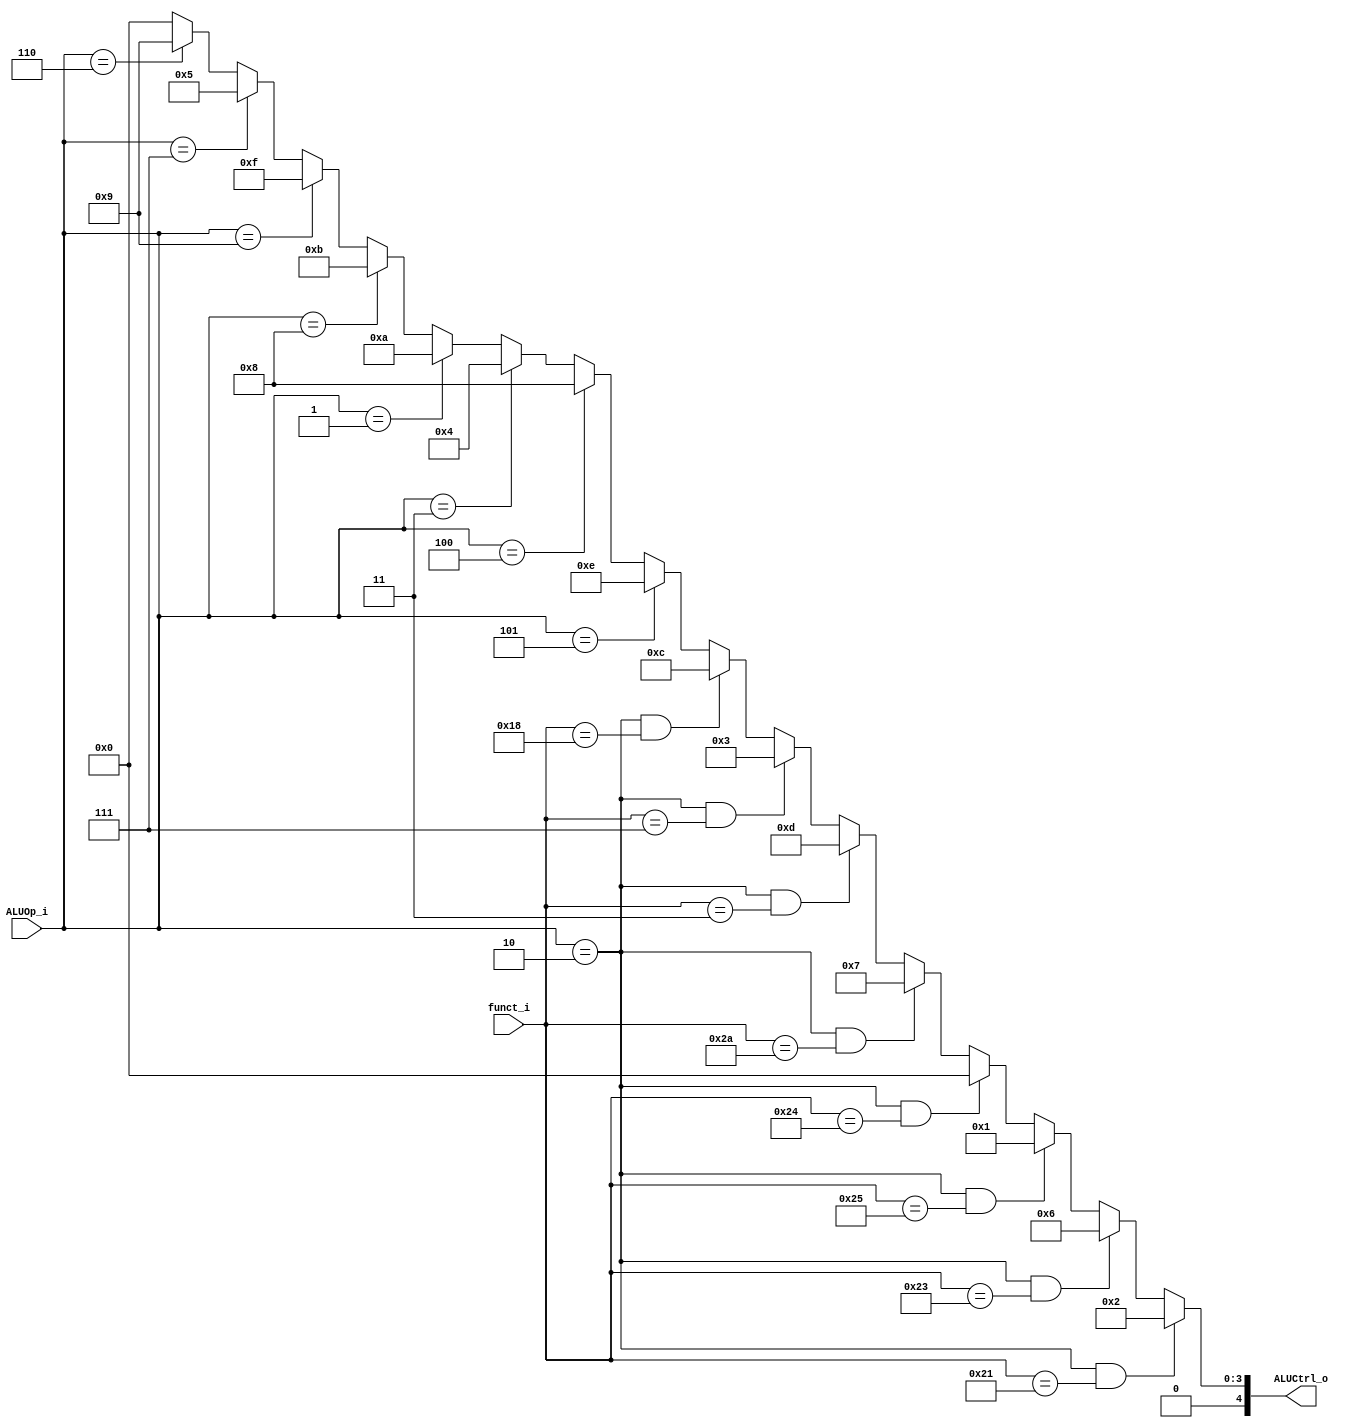
//0511097 fB0516329 R
module ALU_Ctrl(
          funct_i,
          ALUOp_i,
          ALUCtrl_o
          );
          
//I/O ports 
input      [6-1:0] funct_i;
input      [4-1:0] ALUOp_i;

output     [5-1:0] ALUCtrl_o;    
     
//Internal Signals
wire        [5-1:0] ALUCtrl_o;

//Parameter

//Select exact operation

// 0010 => R-type
// 0100 => addi
// 0011 => beq
// 0111 => slti
// 0101 => lui
// 0110 => ori
// 0001 => bne

assign ALUCtrl_o = (ALUOp_i == 4'b0010 && funct_i == 6'b100001)? 5'b00010: //addu 2
                   (ALUOp_i == 4'b0010 && funct_i == 6'b100011)? 5'b00110: //subu 6 
                   (ALUOp_i == 4'b0010 && funct_i == 6'b100101)? 5'b00001: //or     1
                   (ALUOp_i == 4'b0010 && funct_i == 6'b100100)? 5'b00000: //and  0
                   (ALUOp_i == 4'b0010 && funct_i == 6'b101010)? 5'b00111: //slt    7
                   (ALUOp_i == 4'b0010 && funct_i == 6'b000011)? 5'b01101: //sra  13
                   (ALUOp_i == 4'b0010 && funct_i == 6'b000111)? 5'b00011: //srav 3
                   (ALUOp_i == 4'b0010 && funct_i == 6'b011000)? 5'b01100: // mul 12
                   (ALUOp_i == 4'b0101)? 5'b01110: //LUI                                                14
                   (ALUOp_i == 4'b0100)? 5'b01000:  //addi                                               8
                   (ALUOp_i == 4'b0011)? 5'b00100:  //beq                                                4
                   (ALUOp_i == 4'b0001)? 5'b01010:  //bne  bnez                                            10
                   (ALUOp_i == 4'b1000)? 5'b01011:  //bltz                                               11
                   (ALUOp_i == 4'b1001)? 5'b01111:  //ble                                                15
                   (ALUOp_i == 4'b0111)? 5'b00101:  //sltiu                                               5
                   (ALUOp_i == 4'b0110)? 5'b01001 : 4'b0000;//ORI                              9
endmodule